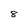
Character: 8